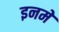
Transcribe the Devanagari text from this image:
इनमेँ